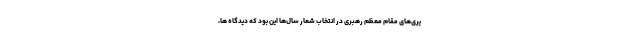
یری‌های مقام معظم رهبری در انتخاب شعار سال‌ها این بود که دیدگاه ها،